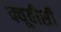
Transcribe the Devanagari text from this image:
क्यूवीसी